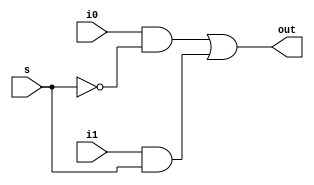
`timescale 1ns / 1ps
//////////////////////////////////////////////////////////////////////////////////
// Company: 
// Engineer: 
// 
// Design Name: 
// Module Name:    multiplexer2to1 
// Project Name: 
// Target Devices: 
// Tool versions: 
// Description: 
//
// Dependencies: 
//
// Revision: 
// Revision 0.01 - File Created
// Additional Comments: 
//
//////////////////////////////////////////////////////////////////////////////////
module multiplexer2to1(out,i0,i1,s);
	input i0,i1,s;
	output out;
	not a1(sbar,s);
	and a2(net1,i0,sbar);
	and a3(net2,i1,s);
	or a4(out,net1,net2);
endmodule